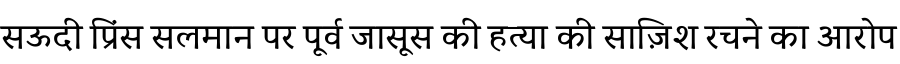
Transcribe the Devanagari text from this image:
सऊदी प्रिंस सलमान पर पूर्व जासूस की हत्या की साज़िश रचने का आरोप